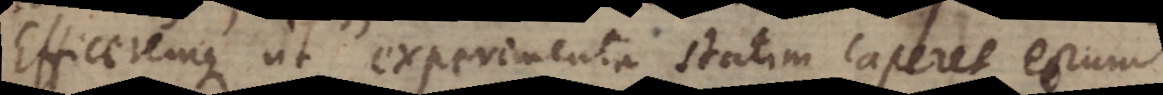
Efficeremque ut experimenta statim caperet eorum